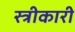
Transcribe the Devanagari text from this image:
स्त्रीकारी